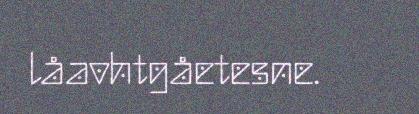
låavhtgåetesne.